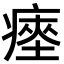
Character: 瘞